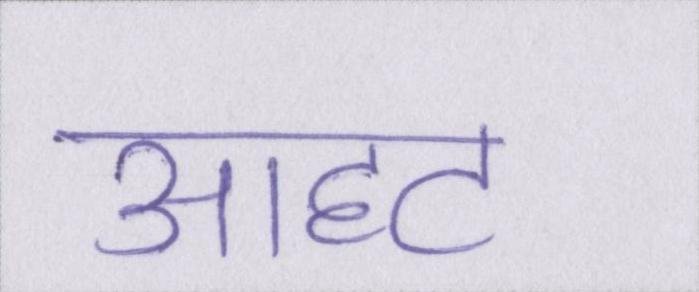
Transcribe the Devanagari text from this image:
आहट